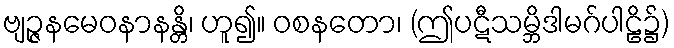
ဗျဉ္ဇနမေဝနာနန္တိ၊ ဟူ၍။ ဝစနတော၊ (ဤပဋီသမ္ဘိဒါမဂ်ပါဠိ၌)